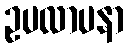
ဥပလာပနာ